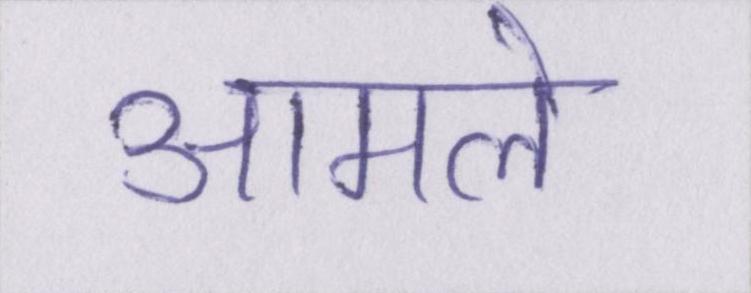
आमले